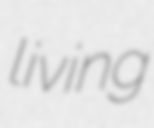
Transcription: living